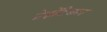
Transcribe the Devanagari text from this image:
प्रेझेंटेबल